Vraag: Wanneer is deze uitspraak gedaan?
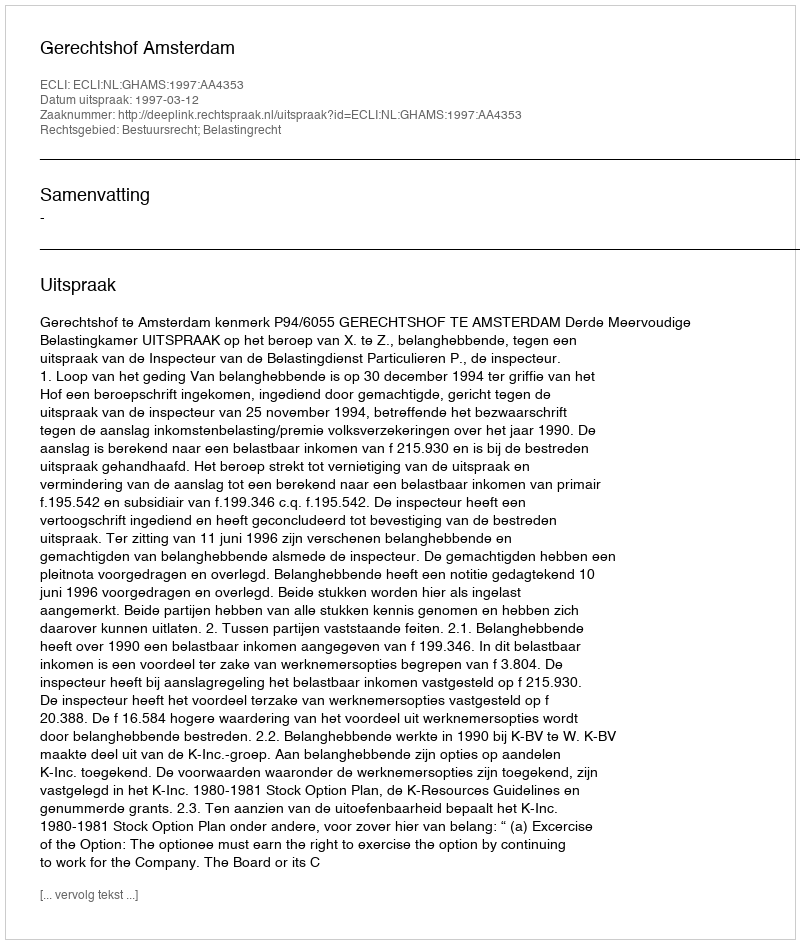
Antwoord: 1997-03-12